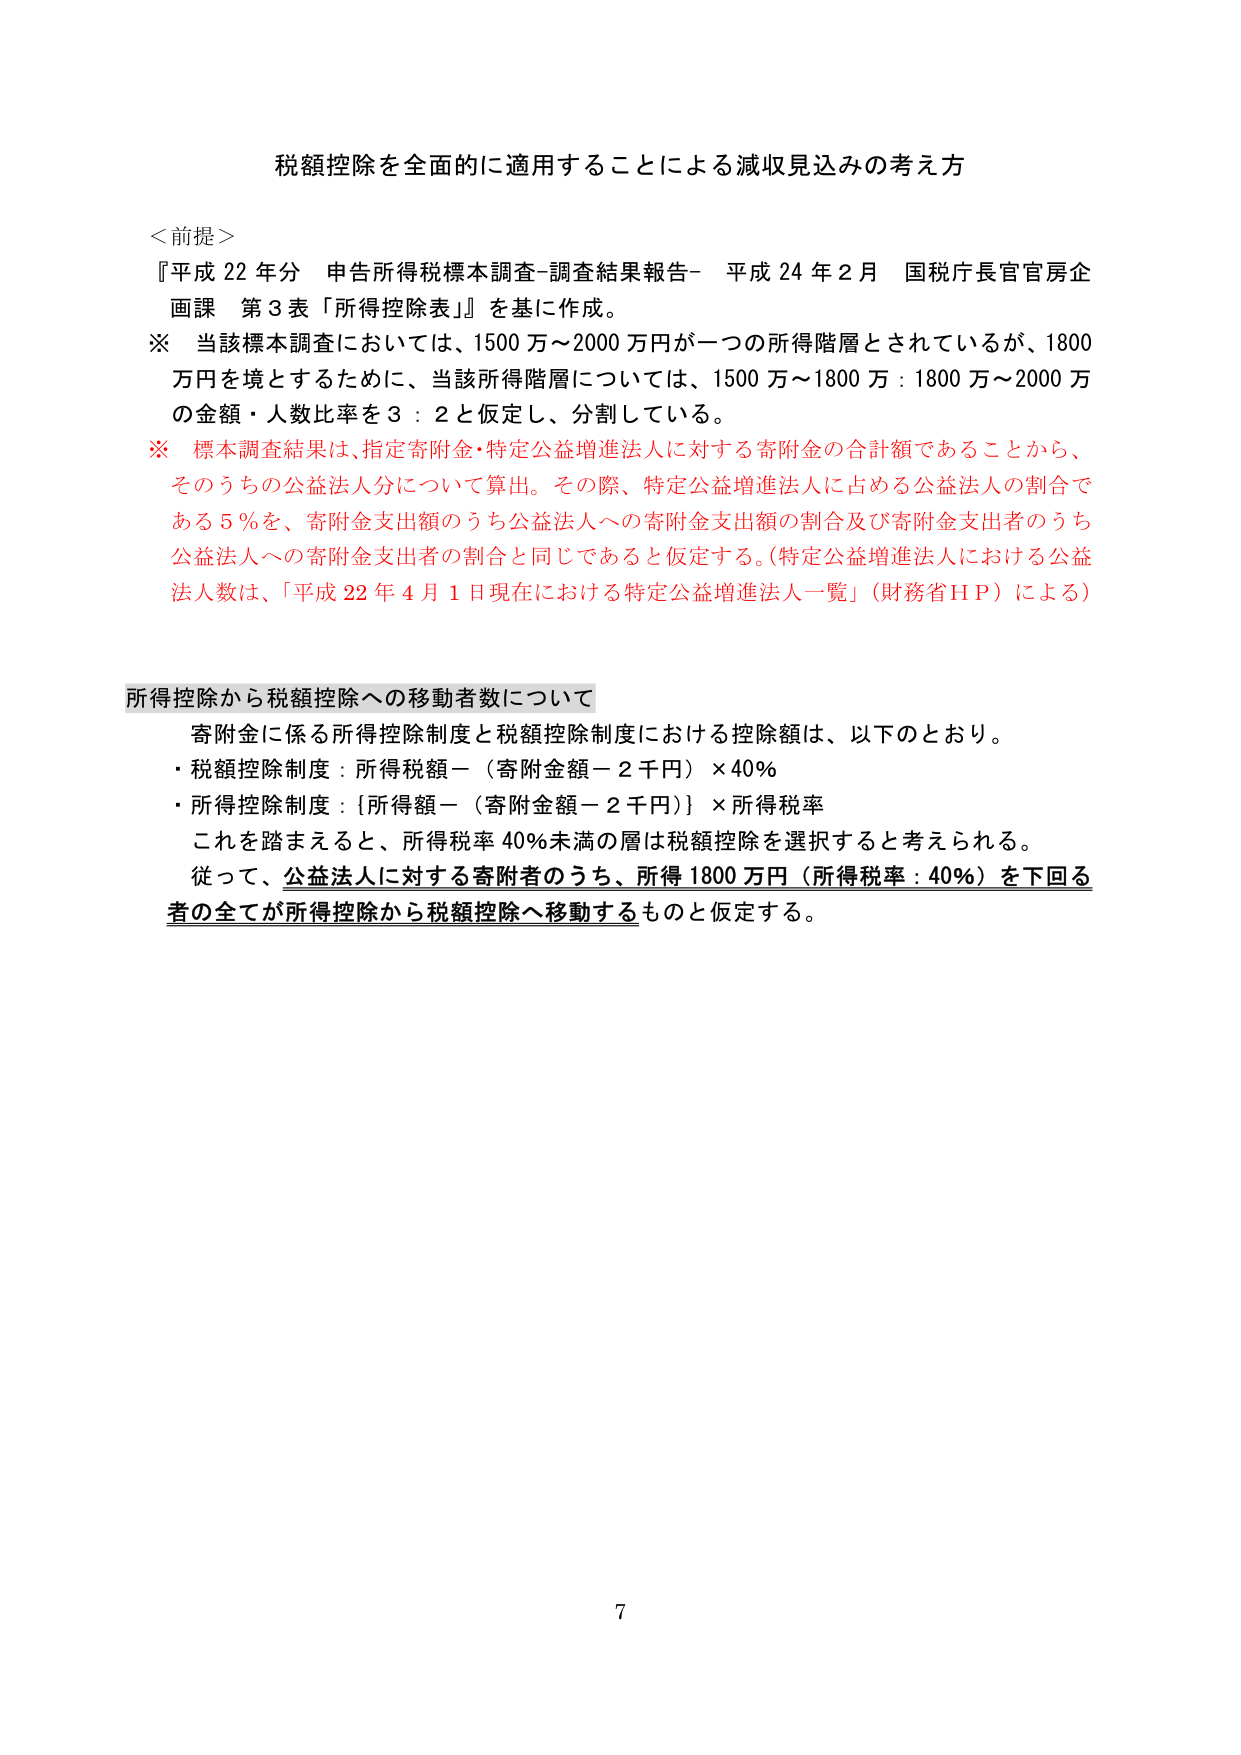
税額控除を全面的に適用することによる減収見込みの考え方

＜前提＞
『平成22年分 申告所得税標本調査-調査結果報告- 平成24年2月 国税庁長官官房企画課 第3表「所得控除表」』を基に作成。
※ 当該標本調査においては、1500万～2000万円が一つの所得階層とされているが、1800万円を境とするために、当該所得階層については、1500万～1800万：1800万～2000万の金額・人数比率を3：2と仮定し、分割している。
※ 標本調査結果は、指定寄附金・特定公益増進法人に対する寄附金の合計額であることから、そのうちの公益法人分について算出。その際、特定公益増進法人に占める公益法人の割合である5％を、寄附金支出額のうち公益法人への寄附金支出額の割合及び寄附金支出者のうち公益法人への寄附金支出者の割合と同じであると仮定する。（特定公益増進法人における公益法人数は、「平成22年4月1日現在における特定公益増進法人一覧」（財務省ＨＰ）による）

所得控除から税額控除への移動者数について
寄附金に係る所得控除制度と税額控除制度における控除額は、以下のとおり。
・税額控除制度：所得税額－（寄附金額－2千円）×40％
・所得控除制度：｛所得額－（寄附金額－2千円）｝×所得税率
これを踏まえると、所得税率40％未満の層は税額控除を選択すると考えられる。
従って、公益法人に対する寄附者のうち、所得1800万円（所得税率：40％）を下回る者の全てが所得控除から税額控除へ移動するものと仮定する。

7